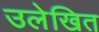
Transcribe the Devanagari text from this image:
उलेखित